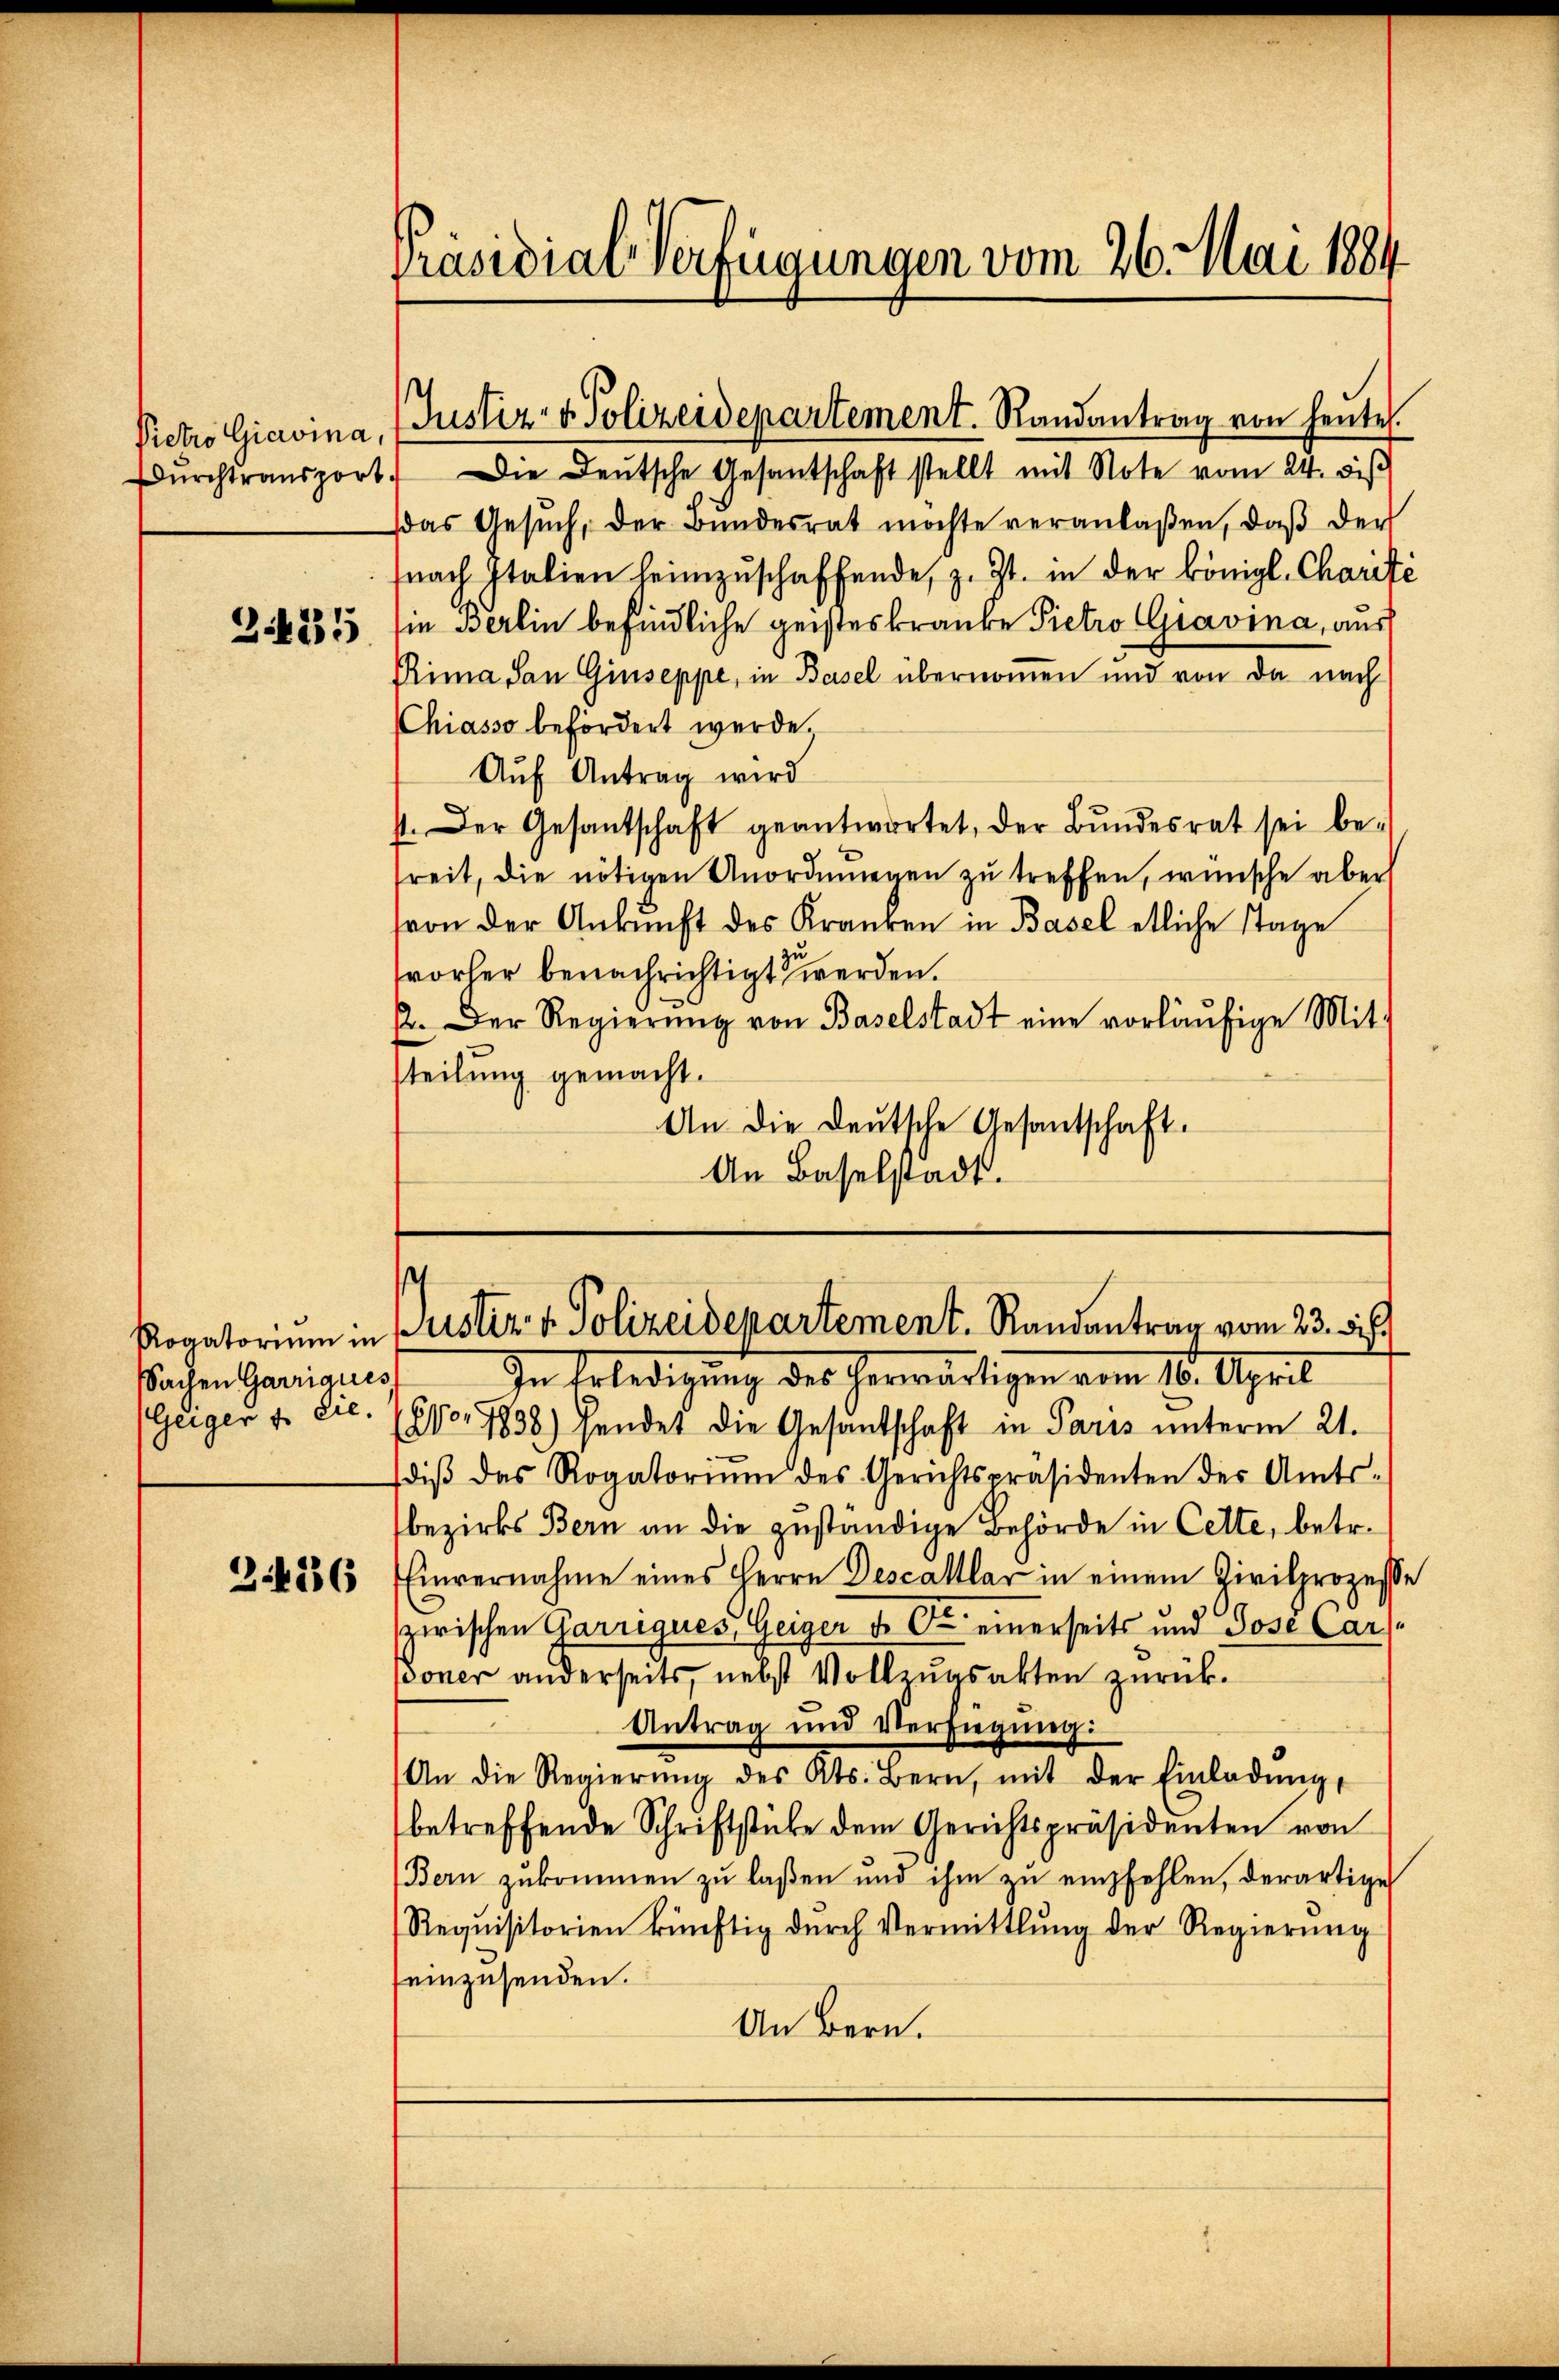
2425

sSachen Garriques

2426

Dŭrchtransport. Die Deutsche Gesantschaft stellt mit Note vom 24. diβ
das Gesŭch, der Bŭndesrat möchte veranlaßen, daβ der
fnach Italien heimzŭschaffende, z. Zt. in der königl. Charité
sie Berlin befindliche geisteskranke Pietro GGiavina, aus
Prima San Giuseppe, in Basel übernommen und von da nach
CChiasso befördert werde.
Aŭf Antrag wird
1. Der Gesantschaft geantwortet, der Bŭndesrat sei be-
reit, die nötigen Unordnungen zu treffen, wünsche aber
von der Ankunft des Kranken in Basel etliche Tage
orher benachrichtigt werden.
E. Der Regierŭng von Baselstadt eine vorläŭfige Mit-
teilung gemacht.
An die Deutsche Gesantschaft.
An Baselstadt.

Präsidial-Verfügungen vom 26. Mai 1884.

Pietro Giavina, (Justiz- & Polizeidepartement. Randantrag von heutes.

Rogatorium in Justiz- & Polizeidepartement. Randantrag vom 23. dies

In Erledigung des herwärtigen vom 16. April
Geiger & Cie. (vor 1838) sendet die Gesandschaft in Paris ŭnterm 21.
diβ das Rogatoriŭm des Gerichtspräsidenten der Amts-
bezirks Bern an die zuständige Behörde in Cette, betr.
Einvernahme eines Herrn Descattler in einem Zivilprozesse
zwischen Garrigues, Geiger d. Ob einerseits und Pose Car
doner anderseits, nebst Vollzugsakten zurück.
Antrag und Verfügung:
An die Regierŭng des Kts. Bern, mit der Einladŭng,
betreffende Schriftstücke dem Gerichtspräsidenten von
Bern zukommen zu laßen und ihm zu empfehlen, derartige
Requisitorien künftig durch Vermittlung der Regierŭng
einzusenden.
An Bern.